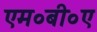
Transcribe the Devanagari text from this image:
एम०बी०ए